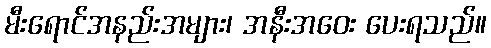
မီးရောင်အနည်းအများ၊ အနီးအဝေး ပေးရသည်။